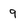
Character: 9